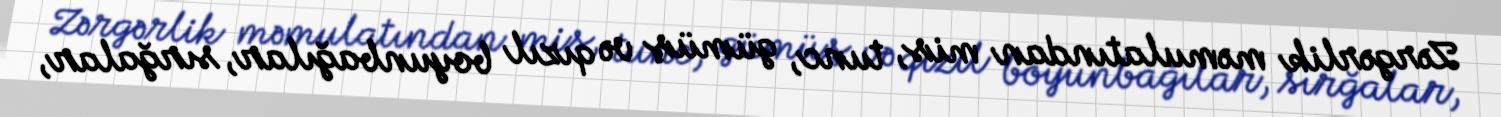
Zərgərlik məmulatından mis, tunc, gümüş və qızıl boyunbağılar, sırğalar,